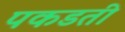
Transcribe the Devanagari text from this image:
पकडती